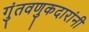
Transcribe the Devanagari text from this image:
गुंतवणुकदारांनी